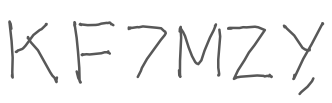
Text: KF7MZY,
Cross-out: clean
Writing tool: digital_gray